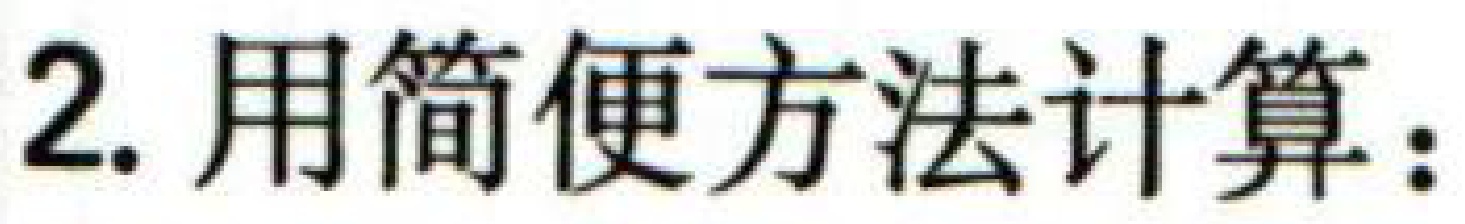
2.用简便方法计算：